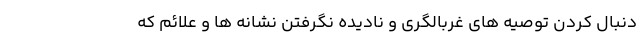
دنبال کردن توصیه های غربالگری و نادیده نگرفتن نشانه ها و علائم که